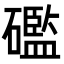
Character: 礛